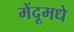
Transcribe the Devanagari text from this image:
मेंदूमधे